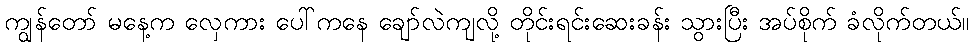
ကျွန်တော် မနေ့က လှေကား ပေါ်ကနေ ချော်လဲကျလို့ တိုင်းရင်းဆေးခန်း သွားပြီး အပ်စိုက် ခံလိုက်တယ်။